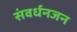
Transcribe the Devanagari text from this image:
संवर्धनजन